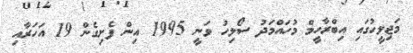
މަޖިލީހުގައި އިބްރާހީމް މުހައްމަދު ސޯލިހު ވަނީ 1995 އިން ފެށިގެން 19 އަހަރާއި